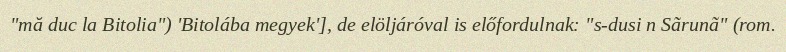
"mă duc la Bitolia") 'Bitolába megyek'], de elöljáróval is előfordulnak: "s-dusi n Sãrunã" (rom.